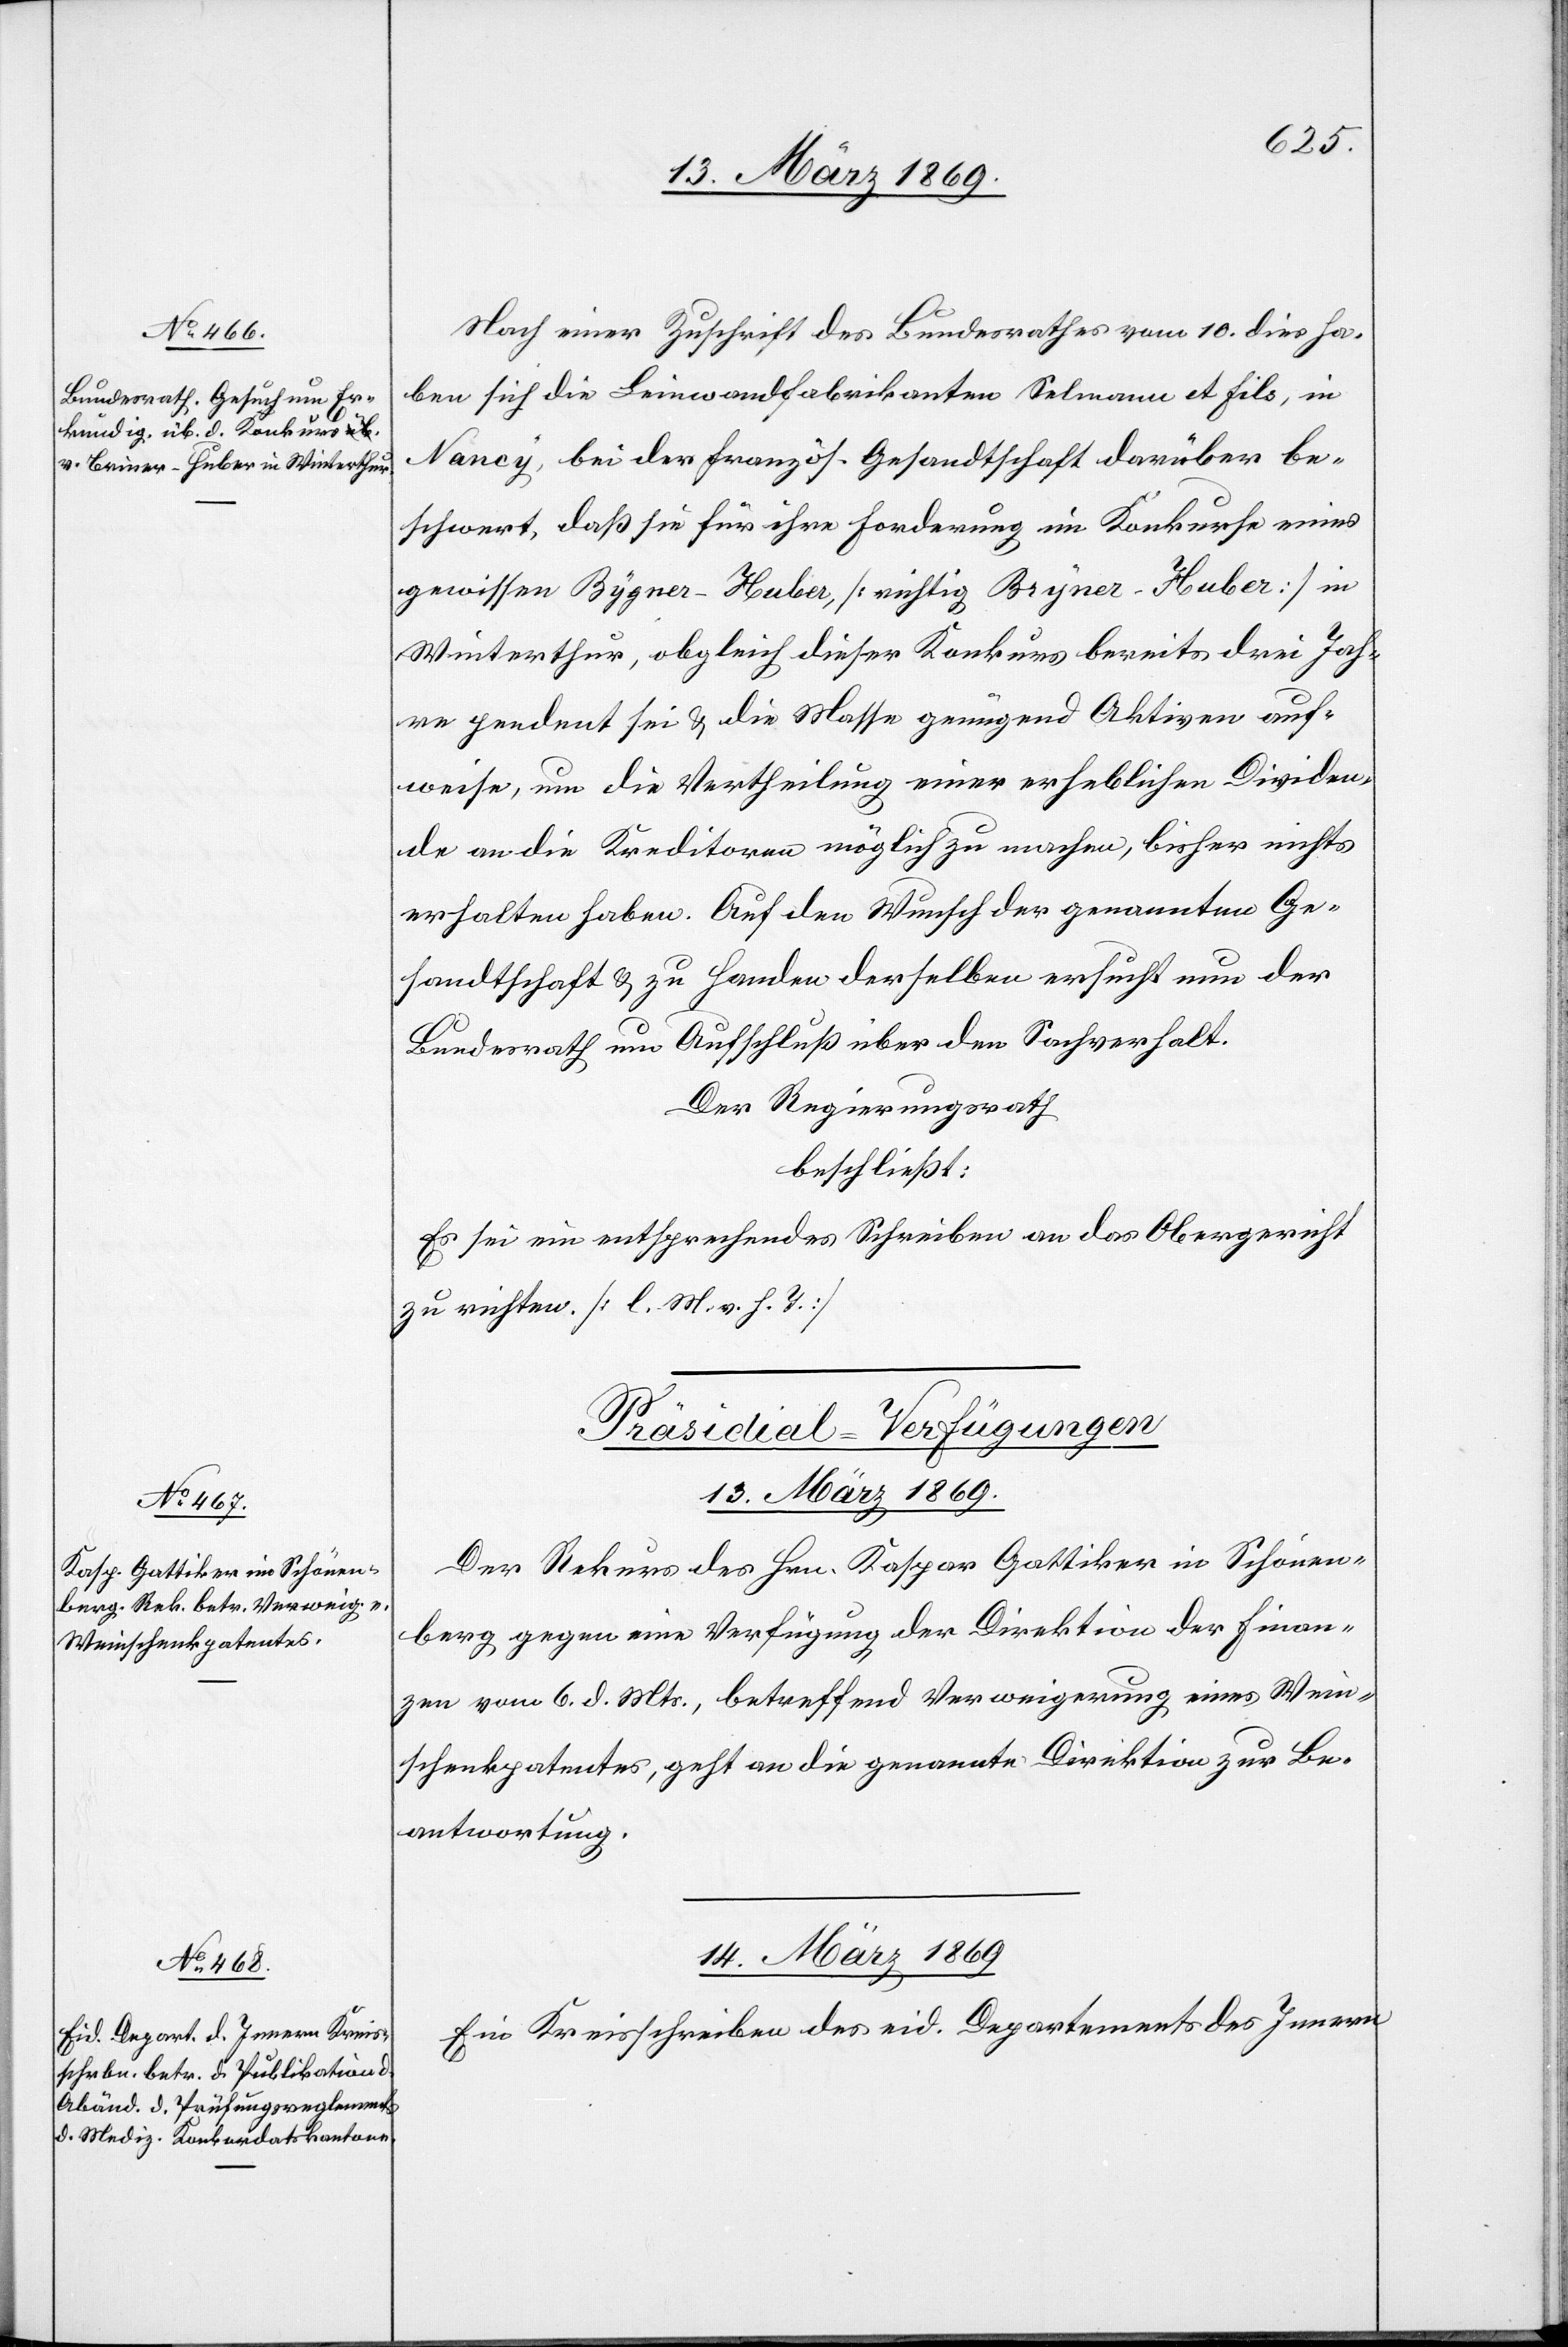
13. März 1869.
Nach einer Zuschrift des Bundesrathes vom 10. dies ha¬
ben sich die Leinwandfabrikanten Selmann et fils, in
Nancy, bei der französ. Gesandtschaft darüber be¬
schwert, daß sie für ihre Forderung im Konkurse eines
gewissen Bygner-Huber [richtig Bryner-Huber[sic!]] in
Winterthur, obgleich dieser Konkurs bereits drei Jah¬
re pendent sei & die Masse genügend Aktiven auf¬
weise, um die Vertheilung einer erheblichen Dividen¬
de an die Kreditoren möglich zu machen, bisher nichts
erhalten haben. Auf den Wunsch der genannten Ge¬
sandschaft & zu Handen derselben ersucht nun der
Bundesrath um Aufschluß über den Sachverhalt.
Der Regierungsrath
beschließt:
Es sei ein entsprechendes Schreiben an das Obergericht
zu richten. [l. M. v. h. T]
[Präsidial-Verfügungen.]
Der Rekurs des Hrn. Kaspar Gattiker in Schönen¬
berg gegen eine Verfügung der Direktion der Finan¬
zen vom 6. d. Mts., betreffend Verweigerung eines Wein¬
schenkpatentes, geht an die genannte Direktion zur Be¬
antwortung.
14. März 1869.
Ein Kreisschreiben des eid. Departements des Innern